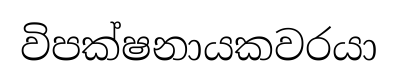
විපක්ෂනායකවරයා